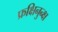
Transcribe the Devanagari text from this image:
फ्रक्षिनुन्क्ष